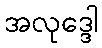
အလုဒ္ဒေါ